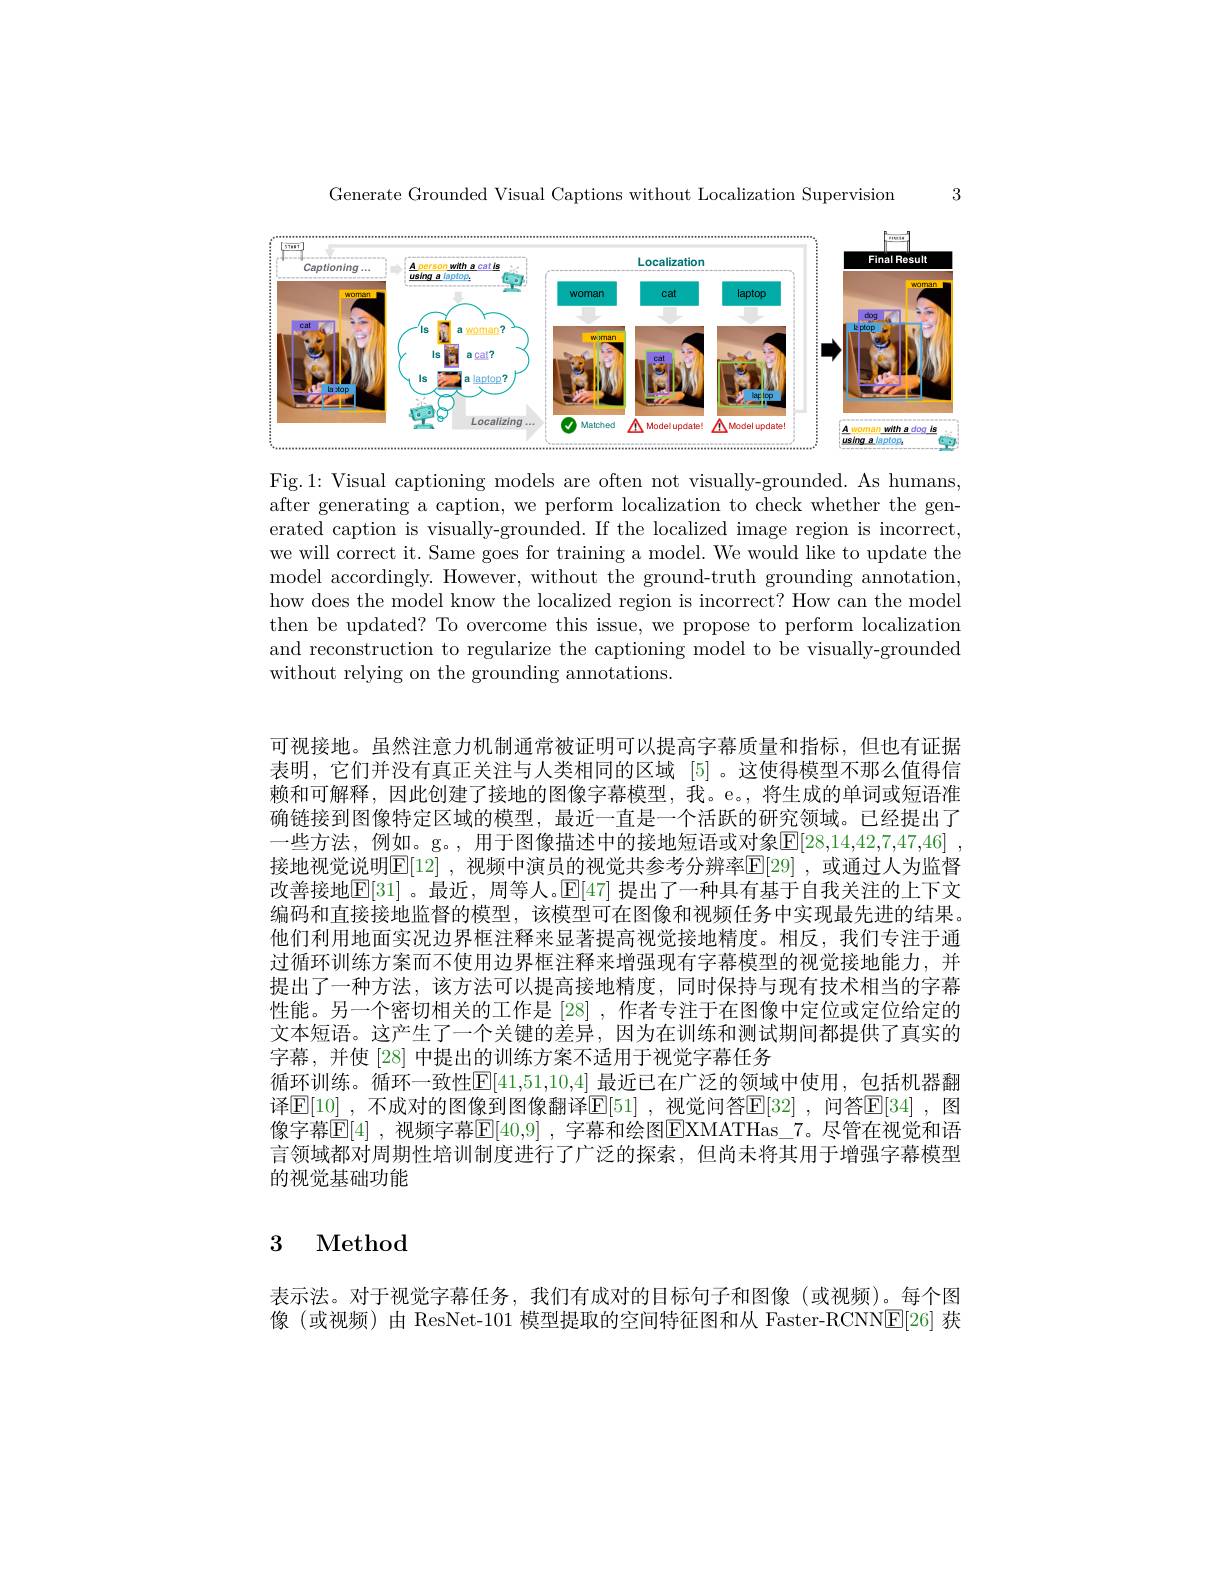
3

Generate Grounded Visual Captions without Localization Supervision

<FigureHere>

Fig.1: Visual captioning models are often not visually-grounded. As humans, after generating a caption, we perform localization to check whether the generated caption is visually-grounded. If the localized image region is incorrect, we will correct it. Same goes for training a model. We would like to update the model accordingly. However, without the ground-truth grounding annotation, how does the model know the localized region is incorrect? How can the model then be updated? To overcome this issue, we propose to perform localization and reconstruction to regularize the captioning model to be visually-grounded without relying on the grounding annotations.

可视接地。虽然注意力机制通常被证明可以提高字幕质量和指标，但也有证据表明，它们并没有真正关注与人类相同的区域[5] 。这使得模型不那么值得信赖和可解释，因此创建了接地的图像字幕模型，我。e。,将生成的单词或短语准确链接到图像特定区域的模型，最近一直是一个活跃的研究领域。已经提出了一些方法，例如。g。,用于图像描述中的接地短语或对象$\underline{\mathrm{E}}[28,14,42,7,47,46]$ 接地视觉说明$\boxed{\mathbb{E}}[12]$,视频中演员的视觉共参考分辨率$\boxed{\mathbb{E}}[29]$,或通过人为监督改善接地$|\mathbb{E}|$31]。最近，周等人。$\mathbb{E}|$47| 提出了一种具有基于自我关注的上下文编码和直接接地监督的模型，该模型可在图像和视频任务中实现最先进的结果。他们利用地面实况边界框注释来显著提高视觉接地精度。相反，我们专注于通过循环训练方案而不使用边界框注释来增强现有字幕模型的视觉接地能力，并提出了一种方法，该方法可以提高接地精度，同时保持与现有技术相当的字幕性能。另一个密切相关的工作是[28] ,作者专注于在图像中定位或定位给定的文本短语。这产生了一个关键的差异，因为在训练和测试期间都提供了真实的字幕，并使[28] 中提出的训练方案不适用于视觉字幕任务
循环训练。循环一致性E[41,51,10,4] 最近已在广泛的领域中使用，包括机器翻译$\boxed{\mathrm{E} [ 10] }$ , 不 成 对 的 图 像 到 图 像 翻 译 $\boxed{\mathrm{F} [ 51] }$ , 视 觉 问 答 $\boxed{\mathrm{E} [ 32] }$ , 间 答 $\boxed{\mathrm{E} [ 34] }$ , 图 像字幕$\boxed{\mathbb{E}}[4]$ ,视频字幕$\boxed{\mathbb{E}}[40,9]$ ,字幕和绘图$\boxed{\mathbb{E}}$XMATHas\_7。尽管在视觉和语言领域都对周期性培训制度进行了广泛的探索，但尚未将其用于增强字幕模型的视觉基础功能

## 3 Method

表示法。对于视觉字幕任务，我们有成对的目标句子和图像(或视频)。每个图像(或视频)由 ResNet-101 模型提取的空间特征图和从 Faster-RCNN$\boxed{\mathrm{E}}[26]$获